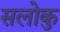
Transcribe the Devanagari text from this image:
सलोकु